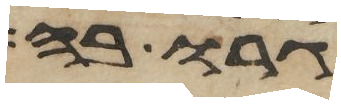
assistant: גרו בה